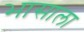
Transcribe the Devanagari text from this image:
भासाला